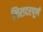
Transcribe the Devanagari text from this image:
निरादरपूर्ण